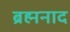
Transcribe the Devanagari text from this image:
ब्रह्मनाद